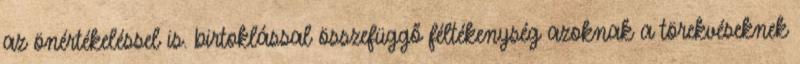
az önértékeléssel is. birtoklással összefüggő féltékenység azoknak a törekvéseknek